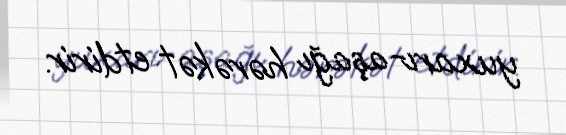
yuxarı-aşağı hərəkət etdirir.